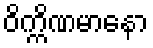
ဝိက္ကိဏမာနော